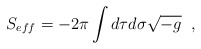
\begin{align*} S_{eff}=-2\pi\int d\tau d\sigma \sqrt{-g} \;\;,\end{align*}